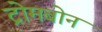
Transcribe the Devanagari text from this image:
ट्रोमबोन